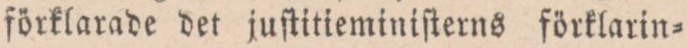
förklarade det juſtitieminiſterns förklarin=